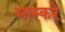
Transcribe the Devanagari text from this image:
भास्करे